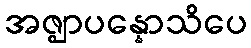
အဇ္ဈာပန္နောသိပေ